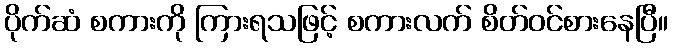
ပိုက်ဆံ စကားကို ကြားရသဖြင့် စကားလက် စိတ်ဝင်စားနေပြီ။